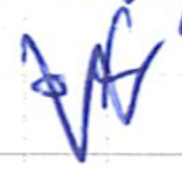
Text: of
Cross-out: zig-zag
Writing tool: ballpoint